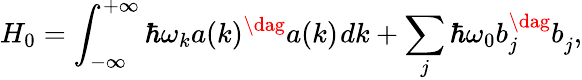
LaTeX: H_{0}=\int_{-\infty}^{+\infty}\hbar\omega_{k}a(k)^{\dag}a(k)^{\vphantom{\dag}}dk+\sum_{j}\hbar\omega_{0}b_{j}^{\dag}b_{j}^{\vphantom{\dag}},